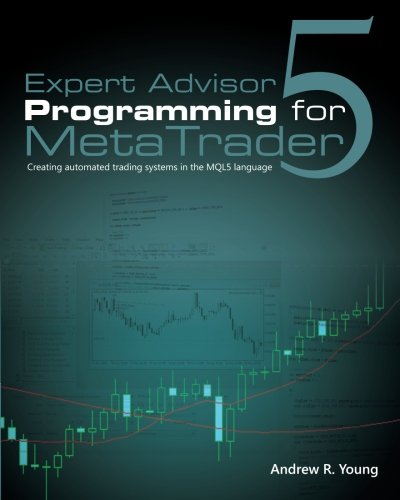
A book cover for Expert Advisor Programming for MetaTrader 5: Creating automated trading systems in the MQL5 language; Andrew R. Young; Business & Money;